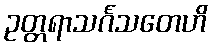
ဥတ္တရာသင်္ဂသတေဟိ